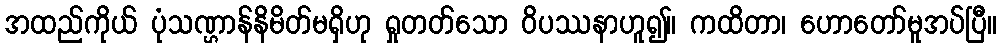
အထည်ကိုယ် ပုံသဏ္ဌာန်နိမိတ်မရှိဟု ရှုတတ်သော ဝိပဿနာဟူ၍။ ကထိတာ၊ ဟောတော်မူအပ်ပြီ။